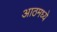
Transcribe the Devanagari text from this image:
आठमध्ये